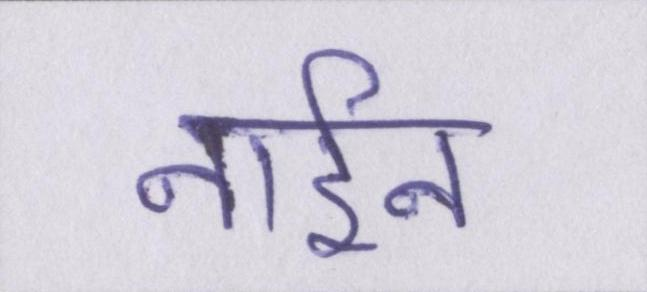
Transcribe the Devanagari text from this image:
नाईन